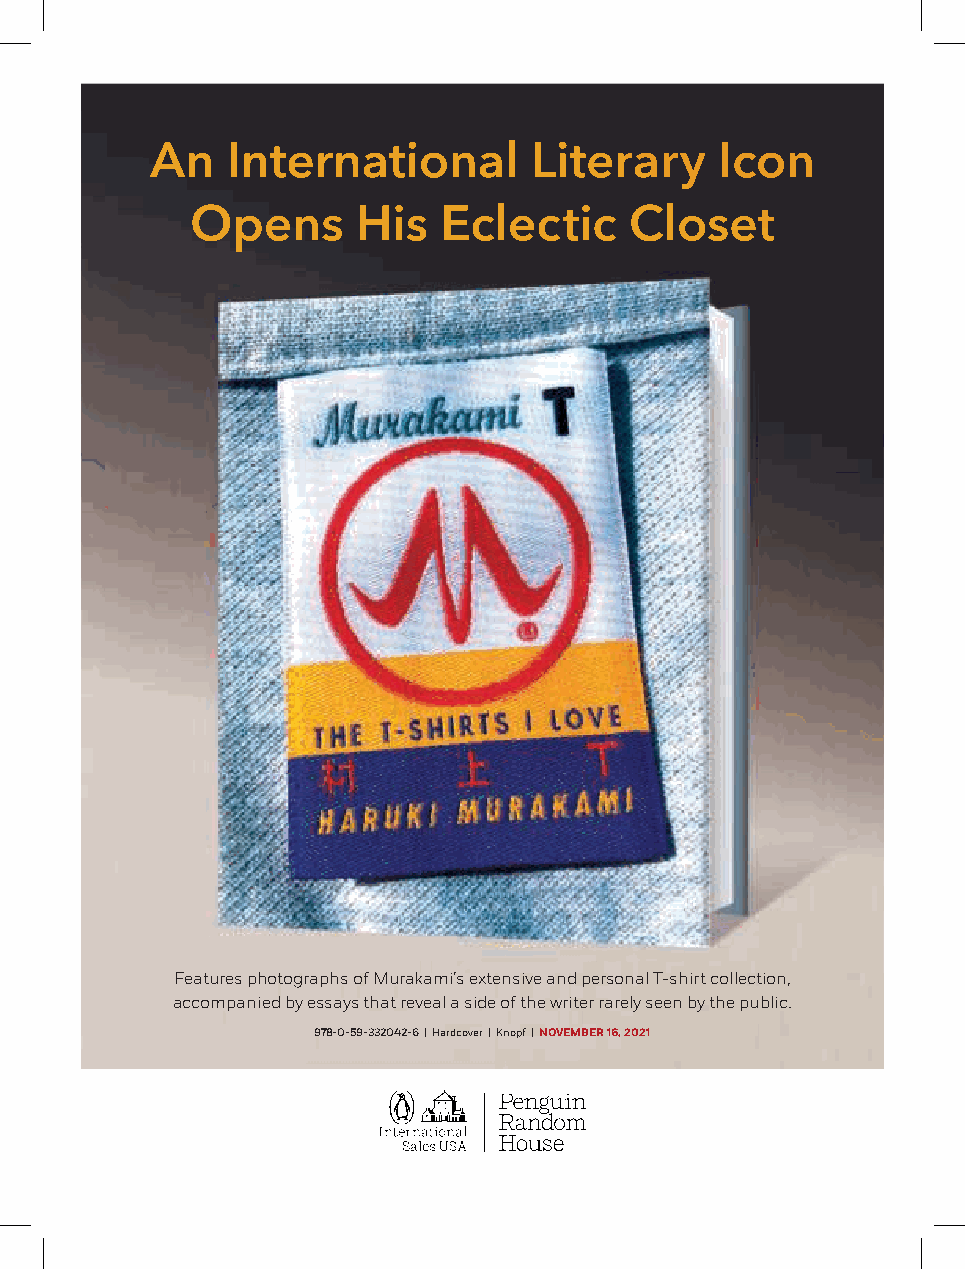
An   International       Literary     Icon
 Opens      His  Eclectic     Closet
 Features photographs of Murakami’s extensive and personal T-shirt collection,
 accompanied by essays that reveal a side of the writer rarely seen by the public.
 978-0-59-332042-6 | Hardcover | Knopf | NOVEMBER 16, 2021